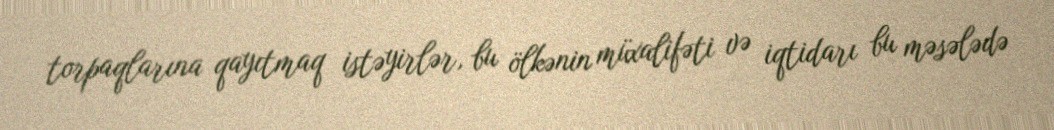
torpaqlarına qayıtmaq istəyirlər, bu ölkənin müxalifəti və iqtidarı bu məsələdə